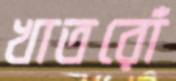
খাতরোঁ